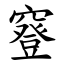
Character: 䆸